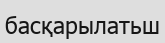
басқарылатьш